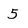
Character: 5